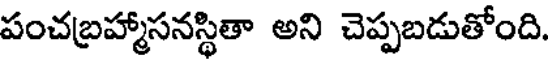
పంచబ్రహ్మాసనస్థితా అని చెప్పబడుతోంది.